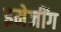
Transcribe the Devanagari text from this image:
इमेजींग